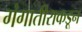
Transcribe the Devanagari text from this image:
गंगातीराकडून